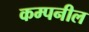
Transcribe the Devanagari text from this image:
कम्पनील